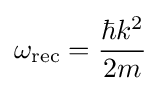
\omega _{\text{rec}}={\frac {\hbar k^{2}}{2m}}